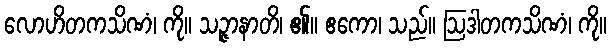
လောဟိတကသိဏံ၊ ကို။ သဉ္ဇာနာတိ၊ ၏။ ဧကော၊ သည်။ ဩဒါတကသိဏံ၊ ကို။